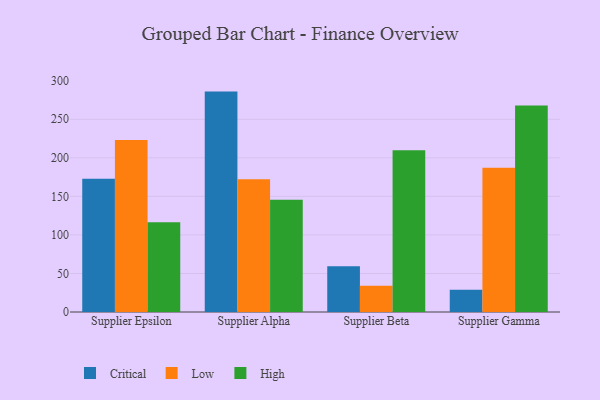
{"axis": {"x": "Supplier", "y": "Active Users"}, "legend": ["Critical", "High", "Low"], "data": [{"x": "Supplier Epsilon", "y": 173.0, "type": "Critical"}, {"x": "Supplier Epsilon", "y": 223.2, "type": "Low"}, {"x": "Supplier Epsilon", "y": 116.5, "type": "High"}, {"x": "Supplier Alpha", "y": 285.9, "type": "Critical"}, {"x": "Supplier Alpha", "y": 172.2, "type": "Low"}, {"x": "Supplier Alpha", "y": 145.5, "type": "High"}, {"x": "Supplier Beta", "y": 59.5, "type": "Critical"}, {"x": "Supplier Beta", "y": 34.1, "type": "Low"}, {"x": "Supplier Beta", "y": 209.9, "type": "High"}, {"x": "Supplier Gamma", "y": 29.0, "type": "Critical"}, {"x": "Supplier Gamma", "y": 187.1, "type": "Low"}, {"x": "Supplier Gamma", "y": 268.0, "type": "High"}]}